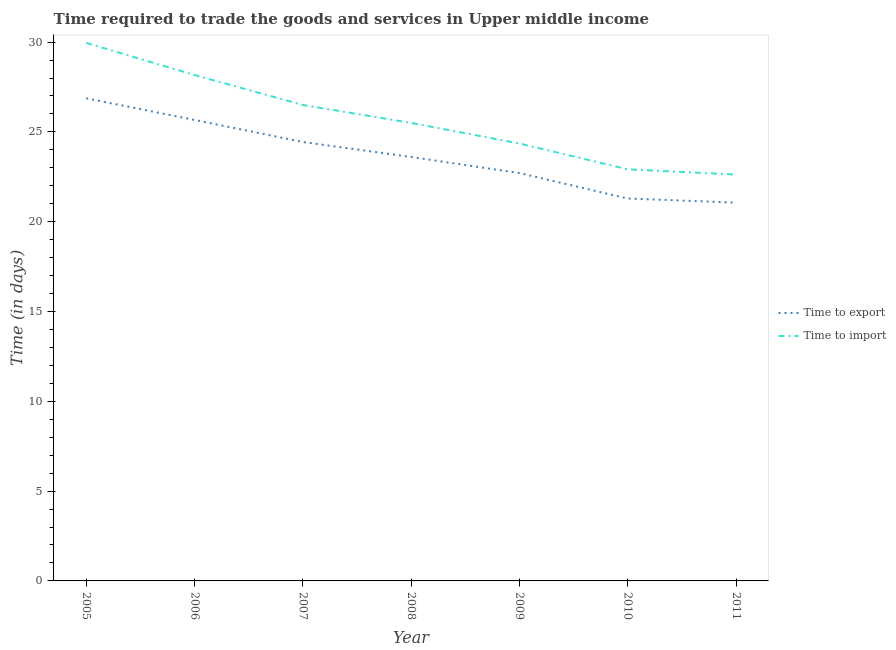
| Year | Time to export | Time to import |
 | --- | --- | --- |
 | 2005 | 26.9 | 30 |
 | 2006 | 25.7 | 28.2 |
 | 2007 | 24.4 | 26.5 |
 | 2008 | 23.6 | 25.5 |
 | 2009 | 22.7 | 24.4 |
 | 2010 | 21.3 | 22.9 |
 | 2011 | 21.1 | 22.6 |